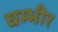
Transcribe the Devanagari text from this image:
घम्भीर